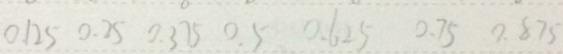
0 . 1 2 5 0 . 2 5 0 . 3 7 5 0 . 5 0 . 6 2 5 0 . 7 5 0 . 8 7 5